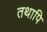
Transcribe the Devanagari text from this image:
तथापि